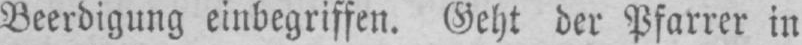
Beerdigung einbegriffen. Geht der Pfarrer in